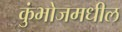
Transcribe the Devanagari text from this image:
कुंभोजमधील